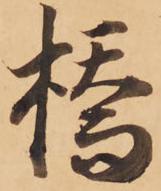
橋